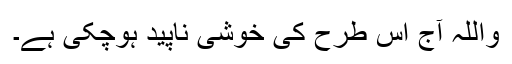
واللہ آج اس طرح کی خوشی ناپید ہوچکی ہے۔